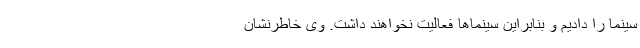
سینما را دادیم و بنابراین سینماها فعالیت نخواهند داشت. وی خاطرنشان